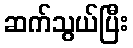
ဆက်သွယ်ပြီး